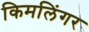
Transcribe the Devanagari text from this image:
किमलिंगर